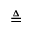
\triangleq